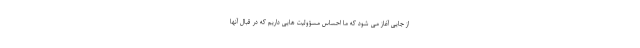
از جایی آغاز می شود که ما احساس مسؤولیت هایی داریم که در قبال آنها